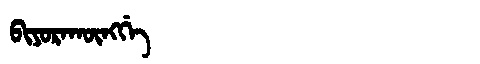
Manchu: ᠪᡳᠶᠣᡵᠠᡴᡡᠩᡤᡝ
Romanization: BIYORAKŪNGGE